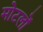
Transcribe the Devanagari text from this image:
मोटलों